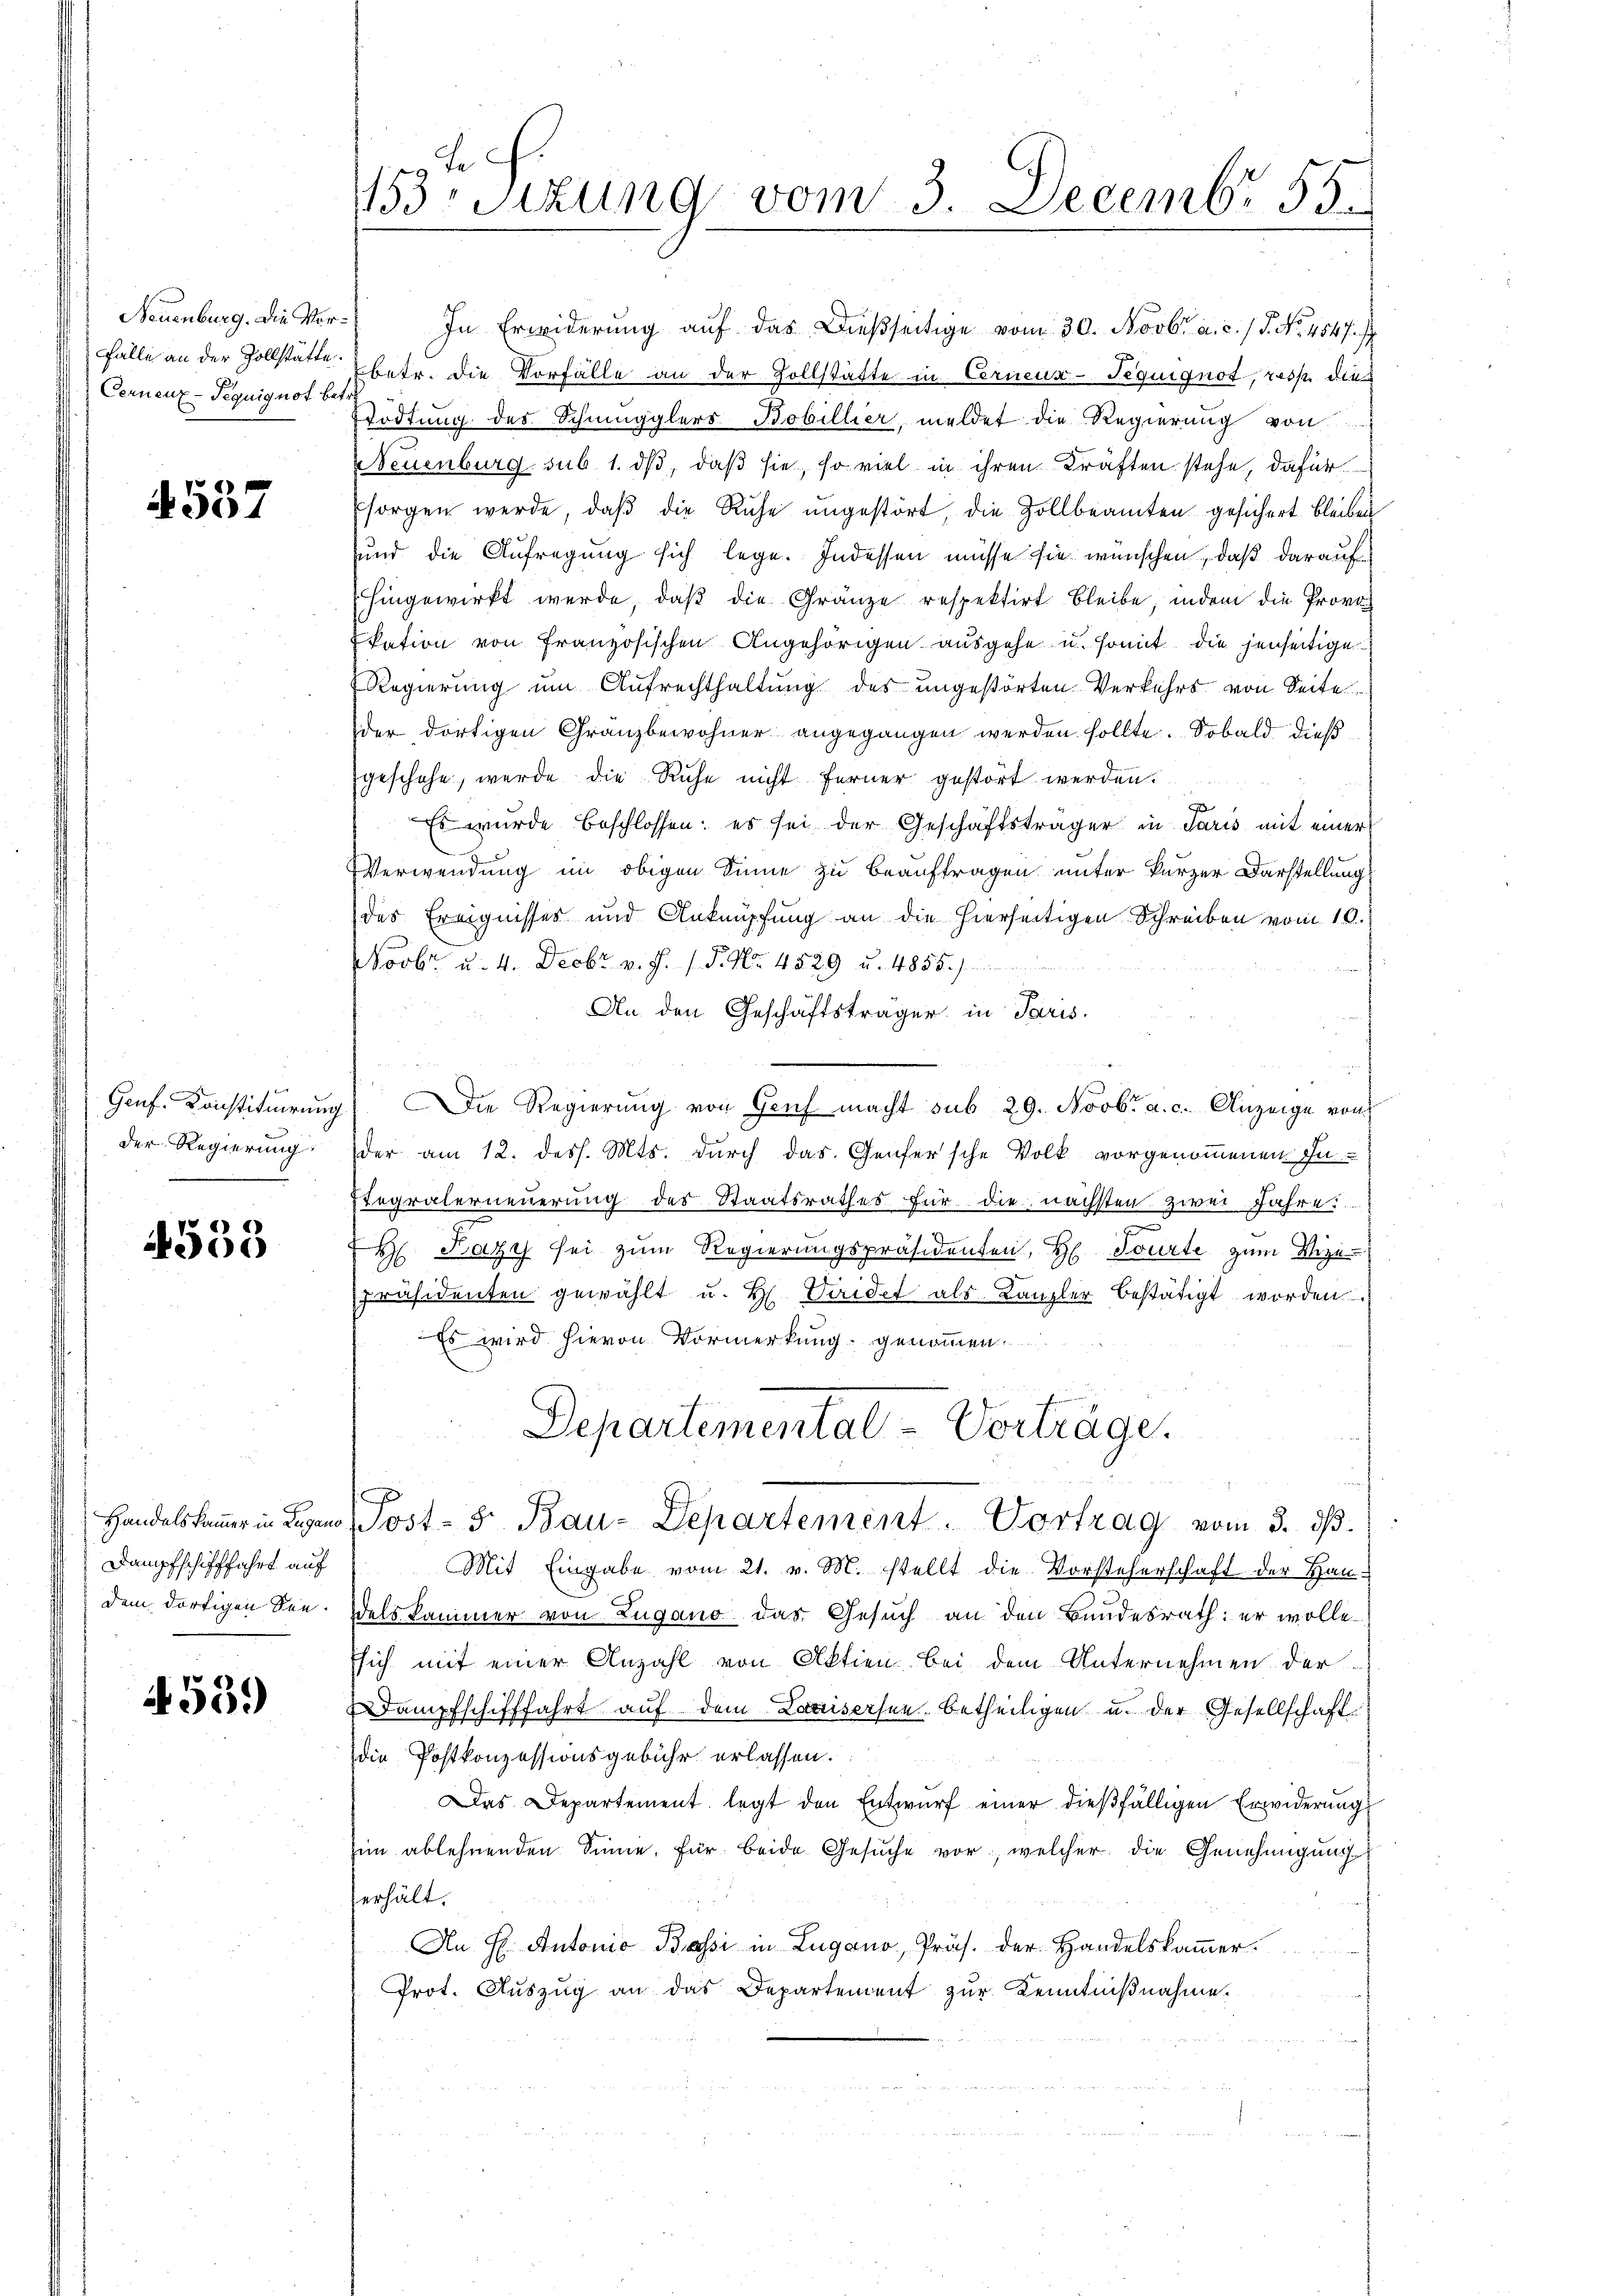
Neuenburg. Die Vor¬
Fälle an der Zollstätte.
Cernenz-Pequignot betr.

537

Genf. Konstituirung
der Regierung

533

Dampfschifffahrt auf
dem dortigen See¬

539)

3sizung vom 3. Decembr 55

In Erwiderung aŭf das dießseitige vom 30. Novbr. a. c. / 5. No. 4547.
betr. die Vorfälle an der Zollstätte in Cerneun-Teguignot, resp. die
Tödtung des Schmugglers Bobillier, meldet die Regierung von
Neuenburg sub 1. ds, daß sie, so viel in ihren Kräften stehe, dafür
sorgen werde, daβ die Ruhe ungestört, die Zollbeamten gesichert bleiben
und die Aufregung sich lege. Indessen müsse sie wünschen, daß darauf
hingewirkt werde, daß die Gränze respektirt bleibe, indem die Prove
kation von Französischen Angehörigen ausgehe u. somit die jenseitige
Regierung um Aufrechthaltung des ungestörten Verkehrs von Seite
der dortigen Gränzbewohner angegangen werden sollte. Sobald dießgeschehe, werde die Ruhe nicht ferner gestört werden.
F
Es wurde beschlossen; es sei der Geschäftsträger in daris mit einer
Verwendung im obigen Sinne zu beauftragen unter kurzer Darstellung
des Ereignisses und Anknüpfung an die hierseitigen Schreiben vom 10.
Novbr. u. 4. Decbr. v. J. J. No. 4529 u. 4855/
An den Geschäftsträger in Paris.
Die Regierung von Genf macht sub 29. Novbr. a. c. Anzeige von
der am 12. dess. Mts. durch das Genfersche Volk vorgenommenen In-
tegralerneuerung des Staatsrathes für die nächsten zwei Jahre:
e
H Bazy sei zum Regierungspräsidenten, H. Tourte zum Vize
ch
Präsidenten gewählt u. H. Veridet als Kanzler bestätigt worden.
Es wird hievon Vormerkung genommen.
Departemental-Vortrage.
Handelskammer in Legen Post- 5. Bau-Departement. Vortrag vom 3. dβ.
Mit Eingabe vom 21. v. M. stellt die Vorsteherschaft der Haudelskammer von Zugano das Gesuch an den Bundesrath: er wolle
Esich mit einer Anzahl von Aktien bei dem Unternehmen der
Dampfschifffahrt auf dem Lauisersen betheiligen u. der Gesellschaft
die Postkonzessionsgebühr erlassen.
Das Departement legt den Entwurf einer dießfälligen Erwiderung
zin ablehnenden Sinne. Für beide Gesuche vor, welcher die Genehmigung
verhält.
An H. Antonio Bassi in Lugano, Präs. der Handelskammer.
Prot. Aŭszŭg an das Departement zŭr Kenntniβnahme.